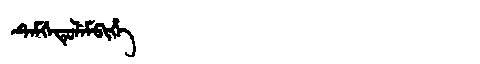
Manchu: ᡨᡝᠮᡤᡝᡨᡠᠯᡝᠮᠪᡳᡥᡝ
Romanization: TEMGETULEMBIHE